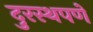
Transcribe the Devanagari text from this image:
दुरस्थपणे